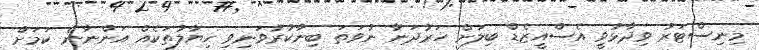
މިނިސްޓަރު ވިދާޅުވީ އެސްއީޒެޑް ބިލަށް ހަރުދަނާ ނުވަތަ ބިނާކުރުވަނިވި ހިޔާލުތަކެއް އަންނާނެ ކަމަށް